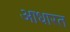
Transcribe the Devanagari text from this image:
आधारत